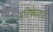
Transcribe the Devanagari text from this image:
प्रतिषेधवाद